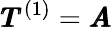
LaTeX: \pmb{T}^{(1)}=\pmb{A}